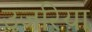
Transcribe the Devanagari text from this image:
उजरिया